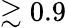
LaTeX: \gtrsim 0.9